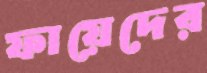
ফায়েদের